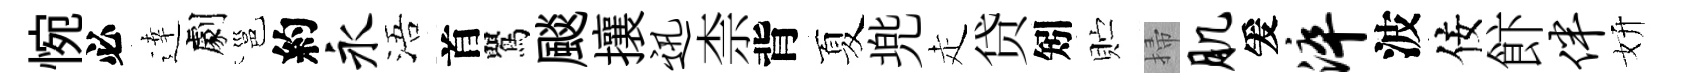
惋必逹劇邕約永浯首鸎颷攘迅柰背夏兠走贷矧贮掃肌爰淬波佞飰伴妍